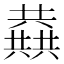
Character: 𱏷